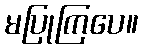
မပြုကြပေ။